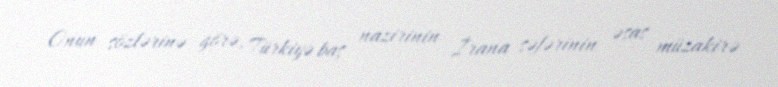
Onun sözlərinə görə, Türkiyə baş nazirinin İrana səfərinin əsas müzakirə